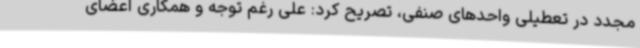
مجدد در تعطیلی واحدهای صنفی، تصریح کرد: علی رغم توجه و همکاری اعضای